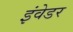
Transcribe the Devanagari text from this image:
इंवेडर